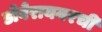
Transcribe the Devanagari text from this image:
डोबेरायनरची